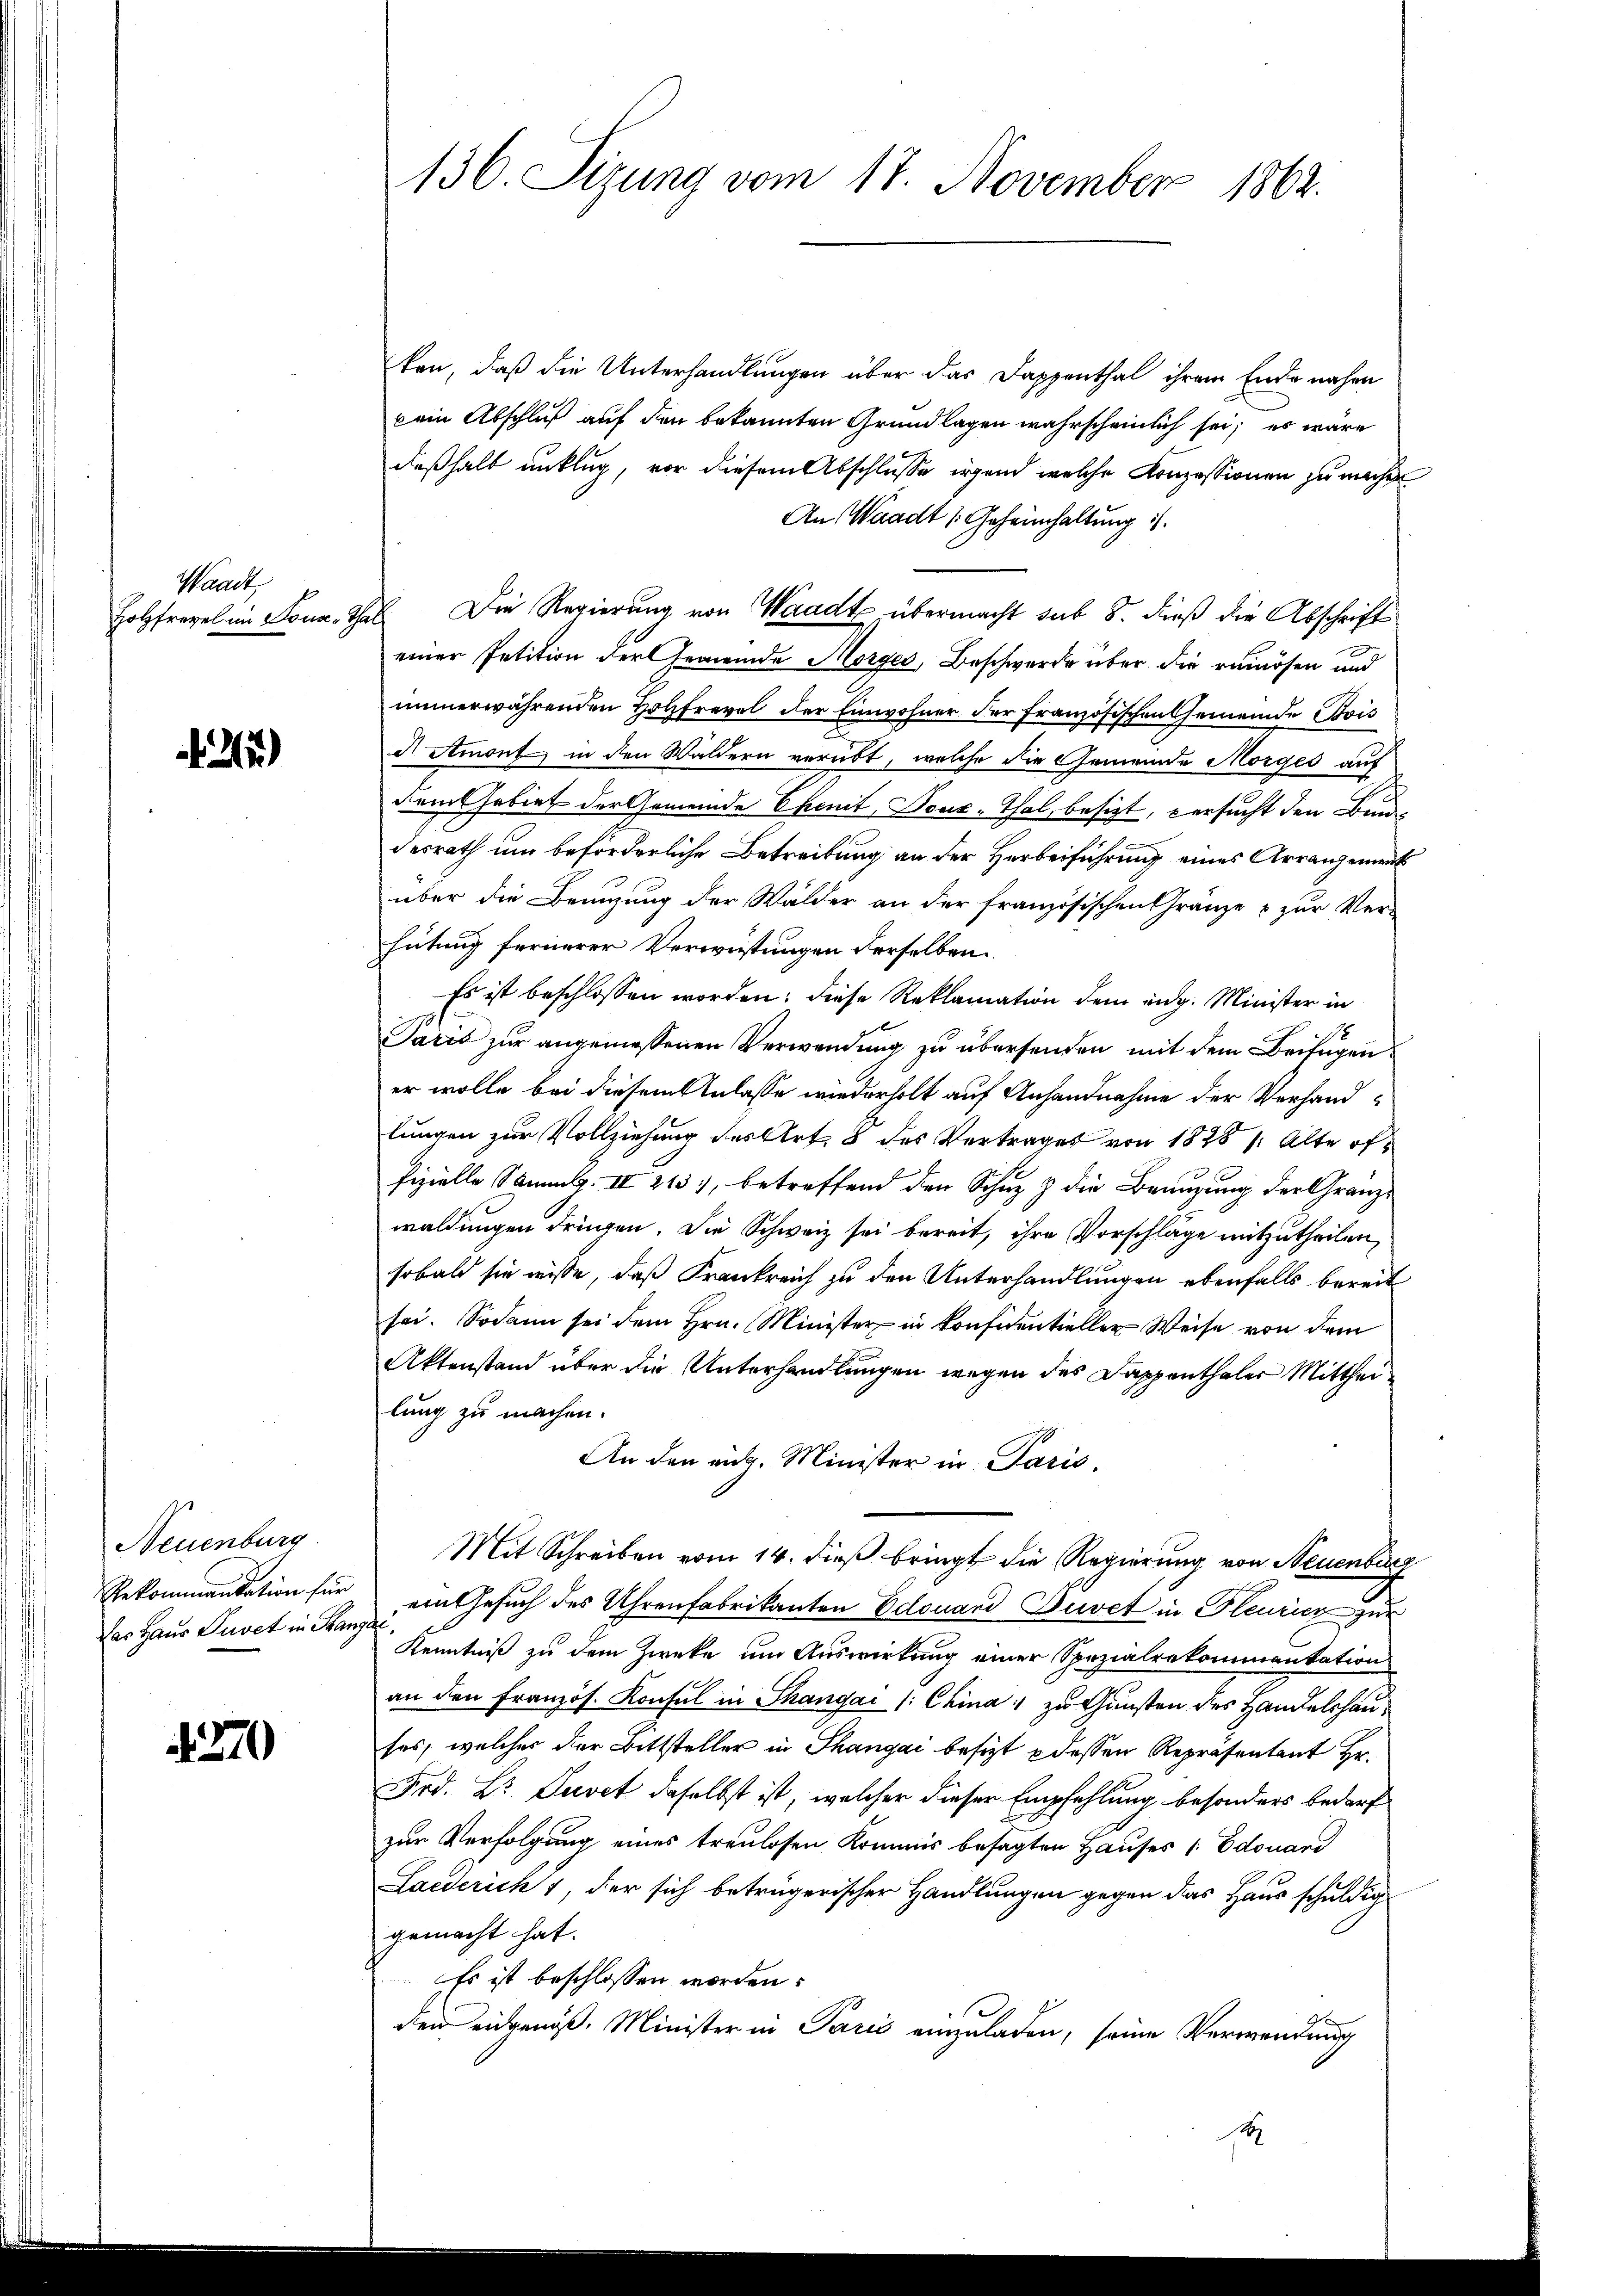
Waadt
Holzfrevel im Sona

25)

Neuenburg
Rekommandation für
Das Haus Puvet in Franz

4270

136. Sizung vom 17. November 1862.

ken, daß die Unterhandlungen über das Dappenthal ihrem Ende nahen
kein Abschluß auf den bekannten Grundlagen wahrscheinlich sei; es wäre
deßhalb unklug, vor diesem Abschlusse irgend welche Konzessionen zu machen
An Waadt Geheimhaltung
2 Die Regierung von Waadt übermacht sub 8. dieß die Abschrift
einer Petition der Gemeinde Morges, Beschwerde über die remösen und
immerwährenden Holzfrevel der Einwohner der Französischen Gemeinde Bris
d Amont in den Wäldern verübt, welche die Gemeinde Morges auf
ems habirt der Gemeinde Ehenit Nous-Thal, besizt, versucht den Bund
desrath um beförderliche Betreibung an der Herbeiführung eines Arrangemeint
über die Benuzung der Wälder an der französischen Gränze & zur Ver-
hütung fernerer Verweistungen derselben
Es ist beschlossen worden; diese Reklamation dem ing. Minister in
Jarić zur angemessenen Verwendung zu übersenden mit dem Beifügener wolle bei diesem Anlasse wiederholt auf Anhandnahme der Verhandlungen zur Vollziehung des Art. 8 des Vertrages von 1828, Alte offizielle Sammlg. II 243), betreffend den Schuz & die Benuzung der Gränzwaldungen dringen. Die Schweiz sei bereit, ihre Vorschläge mitzutheilen,
sobald sie wisse, daß Frankreich zu den Unterhandlungen ebenfalls bereit
sei. Sodann sei dem Hrn. Minister in Considentieller Weise von dem
Aktenstand über die Unterhandlungen wegen des Dappenthaler Mitthei
lung zu machen.
An den rich. Minister in Paris.
Mit Schreiben vom 14. dieß bringt die Regierung von Neuenburg
ein Gesuch des Uhrenfabrikanton Edouand Duvet in Gleuricz zur
Kenntniß zu dem Zwecke um Auswirkung einer Spezialrekommentation
an den Französ. Konsul in Thangar (China, zu Gunsten des Handelshauses, welcher der Bittsteller in Thangai besizt 8 dessen Repräsentant Hr.
Frd. Dr. Luvet daselbst ist, welcher dieser Empfehlung besonders bedarf
zur Verfolgung eines treulosen Kommis besagten Hauses /: Edouard
Laederich 1 der sich betrügerischer Handlungen gegen das Haus schuldig
gemacht hat.
Es ist beschlossen worden.
der eidgenöß. Minister in Paris einzuladen, seine Verwendung
f